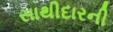
સાથીદારની